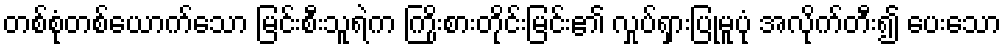
တစ်စုံတစ်ယောက်သော မြင်းစီးသူရဲက ကြိုးစားတိုင်းမြင်း၏ လှုပ်ရှားပြုမူပုံ အလိုက်တီး၍ ပေးသော